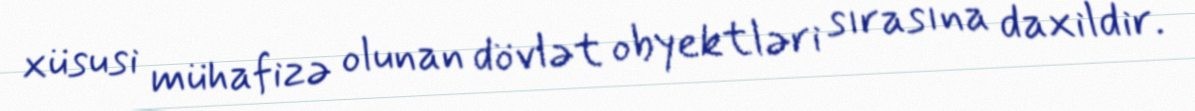
xüsusi mühafizə olunan dövlət obyektləri sırasına daxildir.